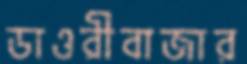
ডাওরীবাজার